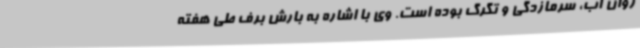
روان آب، سرمازدگی و تگرگ بوده است. وی با اشاره به بارش برف طی هفته